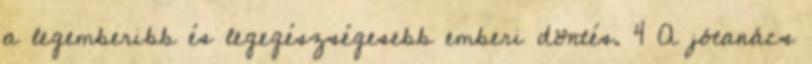
a legemberibb és legegészségesebb emberi döntés. 4 A jótanács